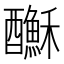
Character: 𨣺